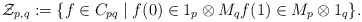
\begin{align*}\mathcal Z_{p,q}:=\{f\in C_{pq}\mid f(0)\in 1_p\otimes M_q f(1)\in M_p\otimes 1_q\}.\end{align*}